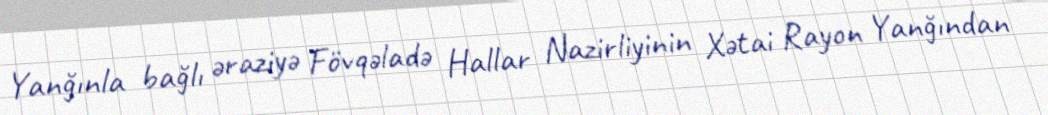
Yanğınla bağlı əraziyə Fövqəladə Hallar Nazirliyinin Xətai Rayon Yanğından